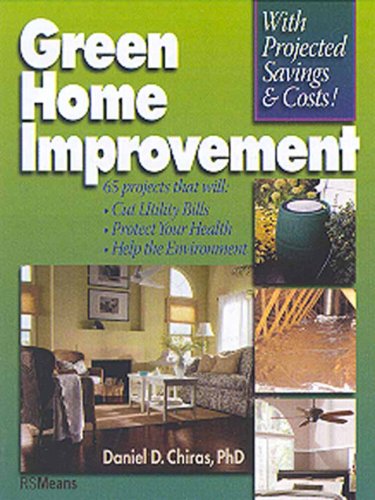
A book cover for Green Home Improvement; Daniel D. Chiras PhD; Law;